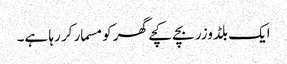
ایک بلڈوزر بچے کچے گھر کو مسمار کر رہا ہے۔